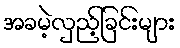
အခမဲ့လှည့်ခြင်းများ